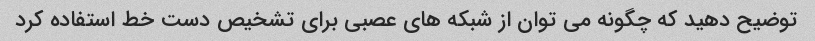
توضیح دهید که چگونه می توان از شبکه های عصبی برای تشخیص دست خط استفاده کرد